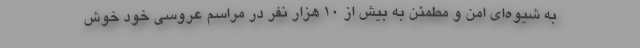
به شیوه‌ای امن و مطمئن به بیش از 10 هزار نفر در مراسم عروسی خود خوش